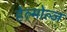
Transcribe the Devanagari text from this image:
हेल्मोल्ज